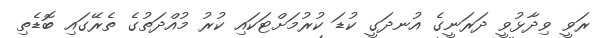
ރަވީ ވިދާޅުވީ ދަރަނީގެ އުނދަގީ ކުޑަ ކުރުމަށްޓަކައި ކުރު މުއްދަތުގެ ތެރޭގައި ބޮޑެތި